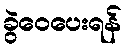
ခွဲဝေပေးရန်